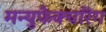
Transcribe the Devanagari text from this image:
मन्युफैक्चरिंग